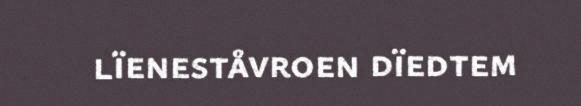
lïeneståvroen dïedtem